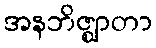
အနဘိဇ္ဈာတာ